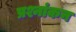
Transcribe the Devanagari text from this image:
प्रश्नांकन